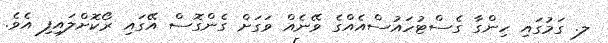
ލ. ގަމުގައި ހިންގާ ގެސްޓުހައުސްއެއްގެ ވޭނެއް ވަގަށް ގެންގޮސް އޭގައި ރޯކޮށްލައިފި އެވެ.